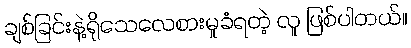
ချစ်ခြင်းနဲ့ရိုသေလေစားမှုခံရတဲ့ လူ ဖြစ်ပါတယ်။